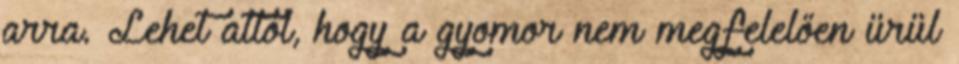
arra. Lehet attól, hogy a gyomor nem megfelelően ürül